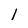
Character: 1